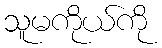
သူမကိုယ်ကို